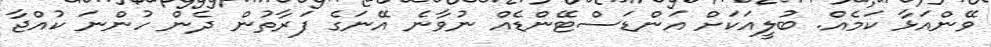
ވޭންއަޅާ ކަމެއް. ބުލީއަކަށް އަންޑަސްޓޭންޑެއް ނުވާނެ އޭނަގެ ފަރާތުން ދެން ހުންނަ ކުއްޖާ